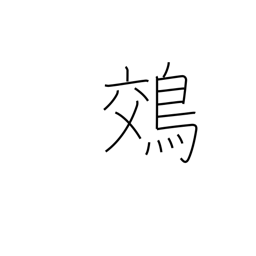
Meaning: night heron